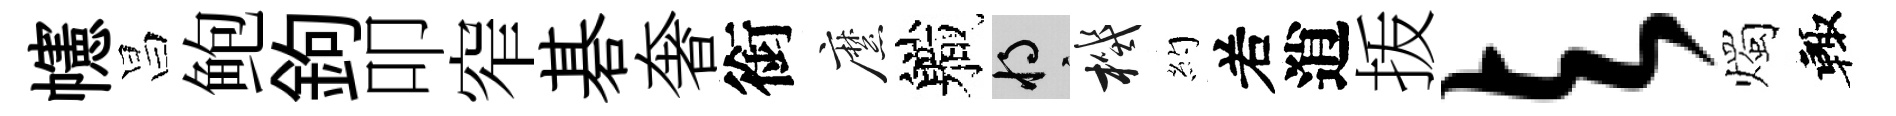
幰昌鲍鉤叩窄碁奢銜縻軄將機約𠰥逍㧞与燭輙